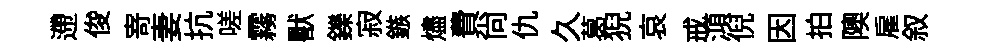
遰俊𭔃妻抗嗟霧獸鑠寂鏃燼費尚仇久葛猊哀戒澒倪因拍隩雇叙